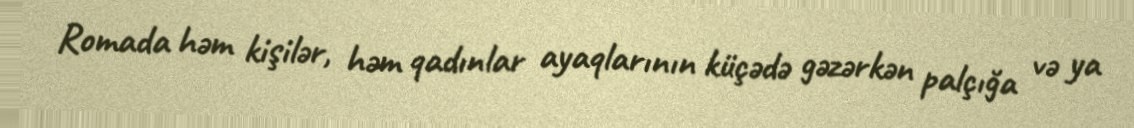
Romada həm kişilər, həm qadınlar ayaqlarının küçədə gəzərkən palçığa və ya